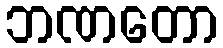
ဘဏတော